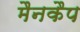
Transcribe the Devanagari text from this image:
मैनकैप